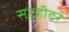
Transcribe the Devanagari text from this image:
सटहीदर